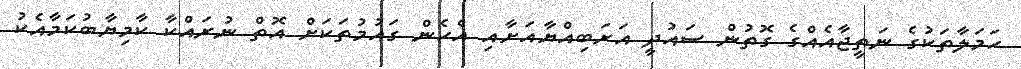
ހަމަލާތަކުގެ ނަތީޖާއެއްގެ ގޮތުން ސައުދީ އަރަބިއްޔާއަށާއި އެހެން ގައުމުތަކަށް އޮތް ނުރައްކާ ކާމިޔާބުކަމާއެކު